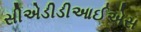
સીએડીડીઆઈએસ